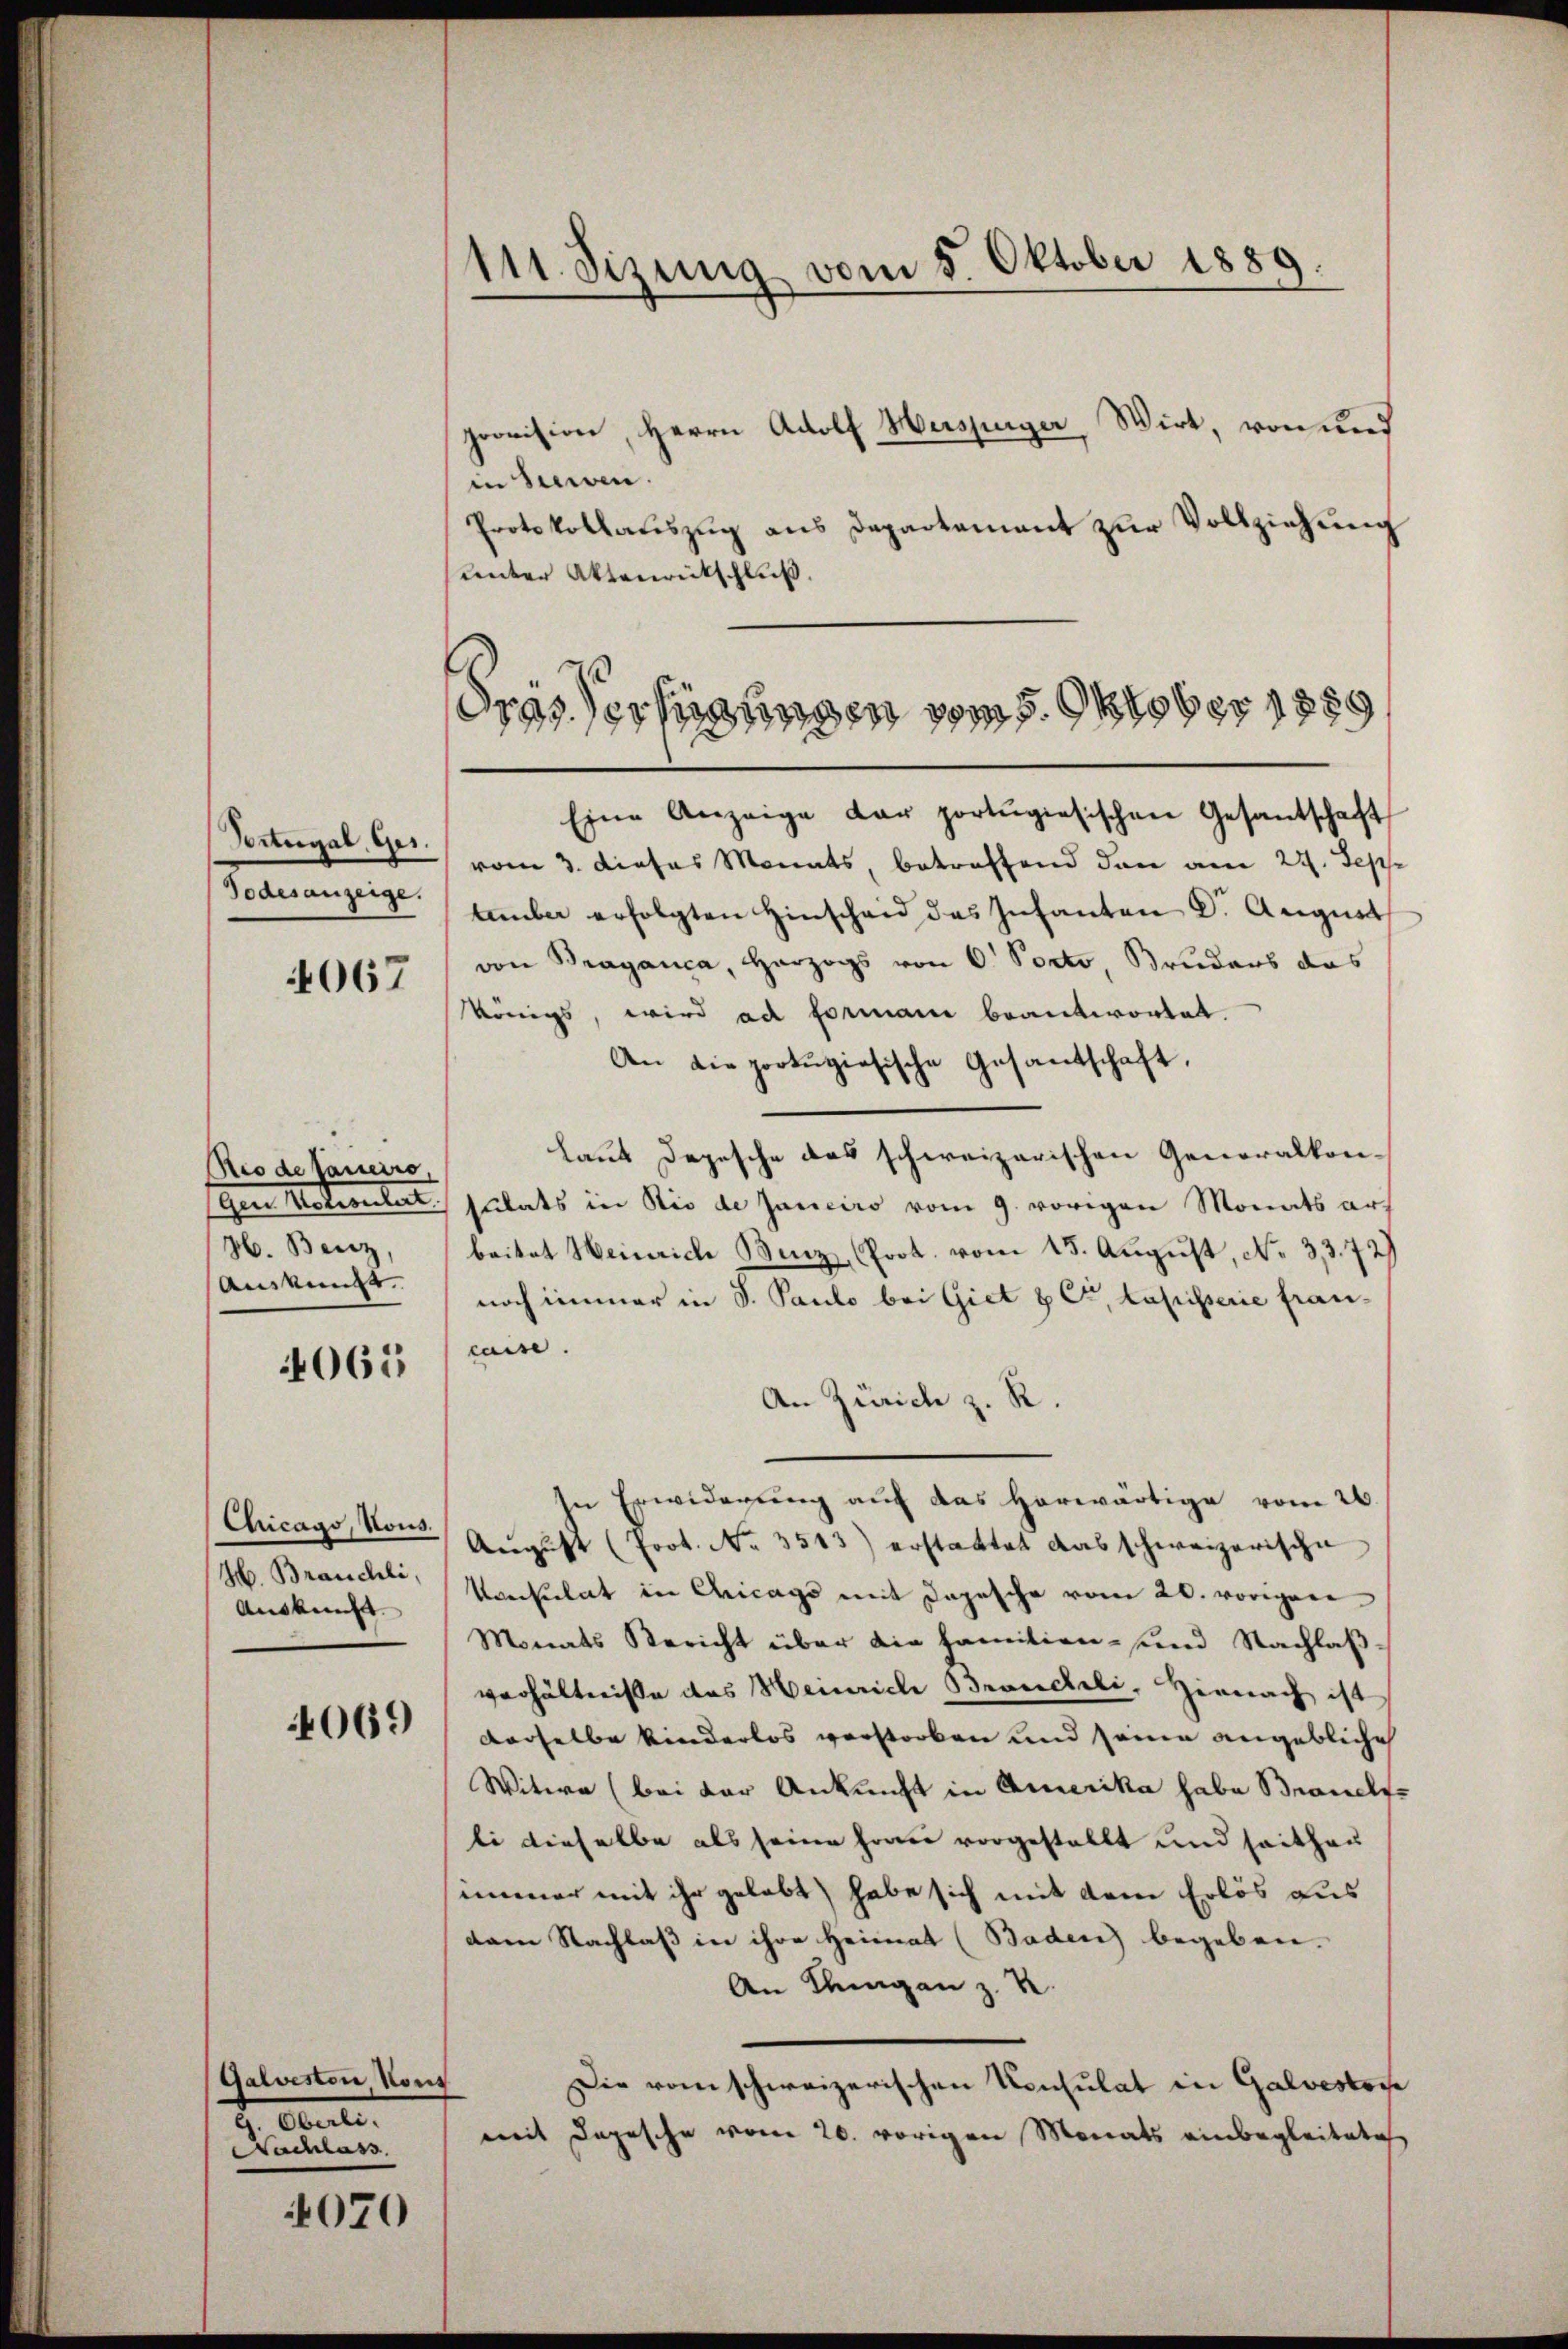
Portugal, Ges
Todesanzeige.

4067

Rio de Janeiro,
Im Unternleit
36. Benz
Ankunge

065

Chicago, Nous.
H. Brauchli,
Auskunft.

069

Galveston Hous
t Carte
Nachlass

4070

111. Sizung vom 5. Oktober 1889.

provision, Herrn Adolf Huszüger, Wirt, von und
in seien.
Protokollatszŭg ans Departament zŭr Vollziehung
unter Aktenrütschluß.
Eine Anzeige der portugisischen Gesandschaft
vom 3. dieses Monats, betreffend den am 27. Sepp
tmber erfolgten Hinschaid des Infanten Dr. August
von Braganca, Herzogs von 6 Porto Bruders das
königs, wird ad Formani beantwortet.
An die portugisische Gesantschaft,
laut Depesche das schweizerischen Generalkonsulats in Rio de Janeiro vom 9. vorigen Monats arbritat Heinrich Benz, Prot. vom 15. August, No. 33. 72)
noch immer in S. Paulo bei Giet & Cr, Capisterie francaise.
An Zürich z. R.
In Erwiderung auf das herwärtige vom 26.
Aŭgŭst (Joot. No. 3513) erstattet das schweizerische
konsulat in Chicags mit Depesche vom 20. vorigere
Monats Bericht über die Familien- und Nachlaßverhältniße des Heinrich Brancheli, Hienach ist
derselbe kinderlos verstorben und seine angebliche
Witwe (bei der Ankunft in Amerika habe Brandl
li dieselbe als seine Horen vorgestellt und seithau
immer mit ihr gelebt habe sich mit dem Erlös aus
dam Nachlass in ihre Heimat (Baden) begeben.
An Klingen z. B.
Die vom schweizerischen Konsulat in Galvestors
mit Depesche vom 20. vorigen Monats einbegleitetes

drassertigungen vom 5. Oktober 1889